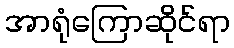
အာရုံကြောဆိုင်ရာ